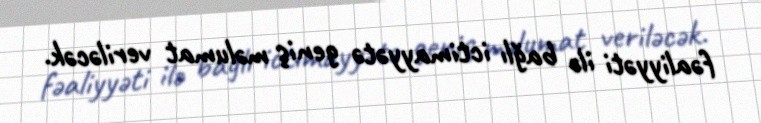
fəaliyyəti ilə bağlı ictimayyətə geniş məlumat veriləcək.